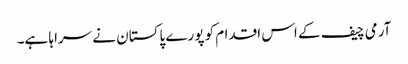
آرمی چیف کے اس اقدام کو پورے پاکستان نے سراہا ہے۔